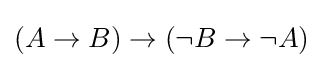
(A\to B)\to (\neg B\to \neg A)